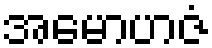
အမောဟဇံ